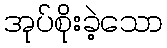
အုပ်စိုးခဲ့သော